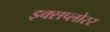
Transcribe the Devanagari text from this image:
इक्सप्लोरर